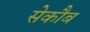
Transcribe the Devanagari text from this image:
सेकौब